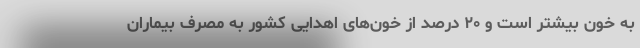
به خون بیشتر است و ۲۰ درصد از خون‌های اهدایی کشور به مصرف بیماران